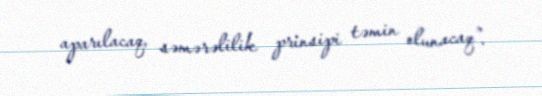
aparılacaq, səmərəlilik prinsipi təmin olunacaq”.